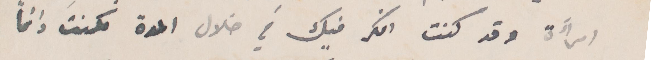
امرأة وقد كنت افكر فيك في خلال  المدة لكنت دائمًا